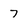
Character: 7